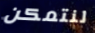
لنتمكن